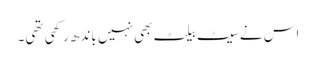
اس نے سیٹ بیلٹ بھی نہیں باندھ رکھی تھی۔